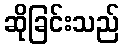
ဆိုခြင်းသည်